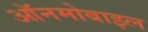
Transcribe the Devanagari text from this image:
ऑनमोबाइल